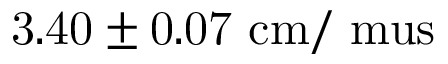
\mathrm { 3 . 4 0 \pm 0 . 0 7 ~ c m / \ m u s }